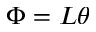
\Phi = L \theta